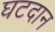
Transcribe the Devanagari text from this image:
घटदान